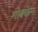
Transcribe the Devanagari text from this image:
गोक्केन